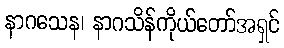
နာဂသေန၊ နာဂသိန်ကိုယ်တော်အရှင်